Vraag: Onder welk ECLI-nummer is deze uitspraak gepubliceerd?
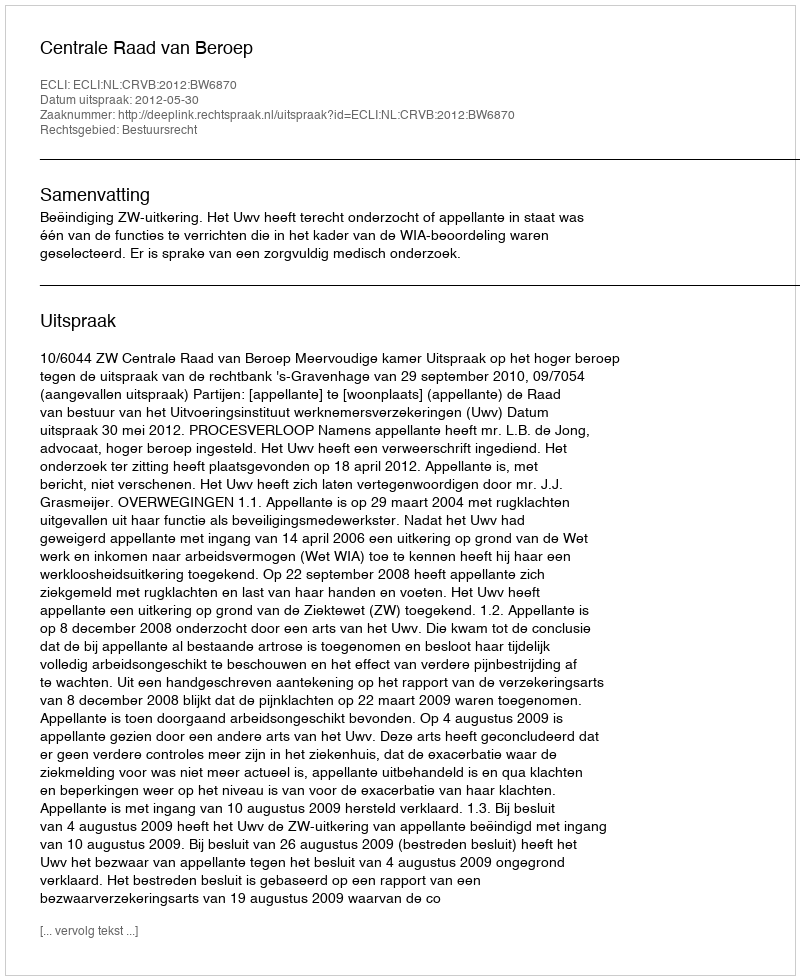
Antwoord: ECLI:NL:CRVB:2012:BW6870